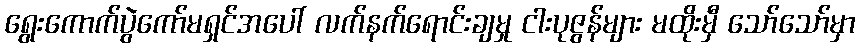
ရွေးကောက်ပွဲကော်မရှင်အပေါ် လက်နက်ရောင်းချမှု ငါးပုဇွန်များ မထိုးမှီ သော်သော်မှာ